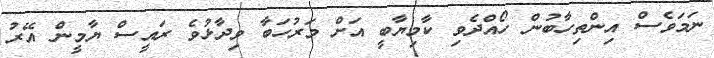
ނަމަވެސް އިންތިހާބުން ހޯއްދެވި ކާމިޔާބީ އަށް މަރުހަބާ ވިދާޅުވެ ރައީސް ޔާމީން އޭރު